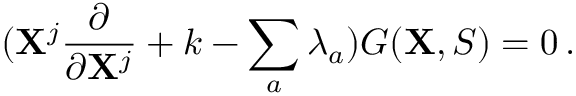
( { \bf X } ^ { j } \frac { \partial } { \partial { \bf X } ^ { j } } + k - \sum _ { a } \lambda _ { a } ) G ( { \bf X } , S ) = 0 \, .